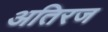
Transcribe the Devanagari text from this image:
अतिरज